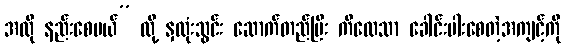
အလို နည်းစေမယ်” လို့ နှလုံးသွင်း ဆောက်တည်ပြီး ကိလေသာ ခေါင်းပါးစေတဲ့အကျင့်ကို